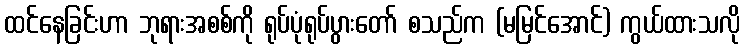
ထင်နေခြင်းဟာ ဘုရားအစစ်ကို ရုပ်ပုံရုပ်ပွားတော် စသည်က (မမြင်အောင်) ကွယ်ထားသလို